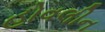
હોવલીન